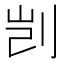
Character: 剀